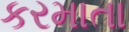
કરમાતા